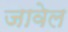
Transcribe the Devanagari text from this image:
जावेल